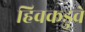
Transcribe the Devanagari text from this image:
हिवकडुवे